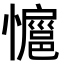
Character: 𭟊